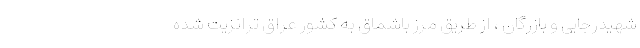
شهیدرجایی و بازرگان ، از طریق مرز باشماق به کشور عراق ترانزیت شده